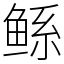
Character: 鲧